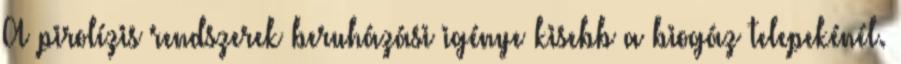
A pirolízis rendszerek beruházási igénye kisebb a biogáz telepekénél.